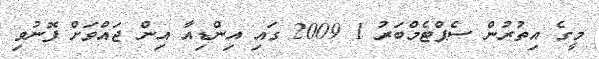
މީގެ އިތުރުން ސެޕްޓެމްބަރު 1 2009 ގައި އިންޑިއާ އިން ޖައްވަށް ފޮނުވި